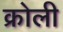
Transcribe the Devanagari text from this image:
क्रोली